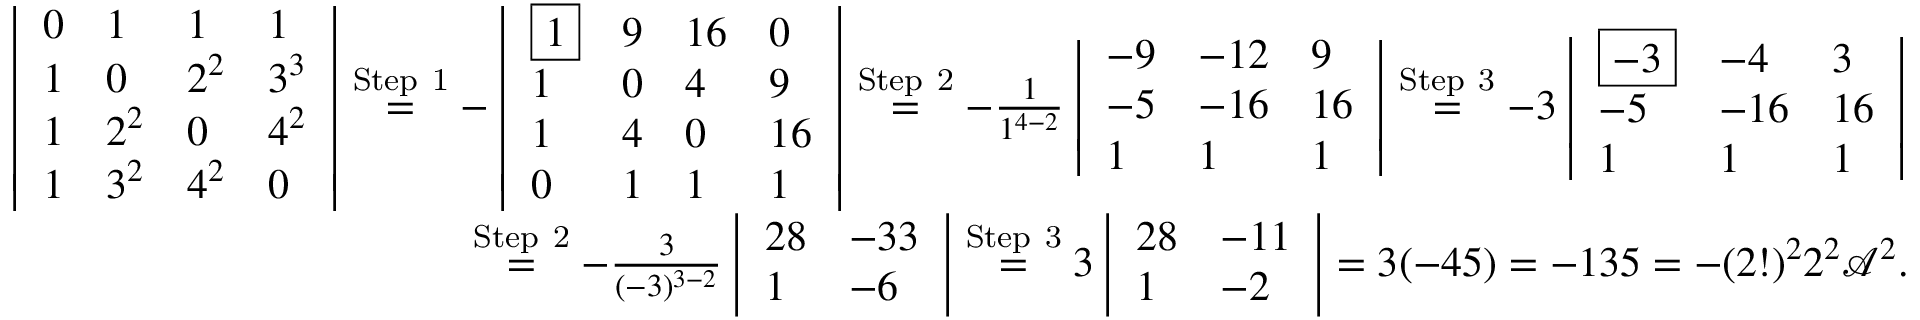
\begin{array} { r } { \left| \begin{array} { l l l l } { 0 } & { 1 } & { 1 } & { 1 } \\ { 1 } & { 0 } & { 2 ^ { 2 } } & { 3 ^ { 3 } } \\ { 1 } & { 2 ^ { 2 } } & { 0 } & { 4 ^ { 2 } } \\ { 1 } & { 3 ^ { 2 } } & { 4 ^ { 2 } } & { 0 } \end{array} \right| \overset { \mathrm { S t e p ~ 1 } } { = } - \left| \begin{array} { l l l l } { \boxed { 1 } } & { 9 } & { 1 6 } & { 0 } \\ { 1 } & { 0 } & { 4 } & { 9 } \\ { 1 } & { 4 } & { 0 } & { 1 6 } \\ { 0 } & { 1 } & { 1 } & { 1 } \end{array} \right| \overset { \mathrm { S t e p ~ 2 } } { = } - \frac { 1 } { 1 ^ { 4 - 2 } } \left| \begin{array} { l l l } { - 9 } & { - 1 2 } & { 9 } \\ { - 5 } & { - 1 6 } & { 1 6 } \\ { 1 } & { 1 } & { 1 } \end{array} \right| \overset { \mathrm { S t e p ~ 3 } } { = } - 3 \left| \begin{array} { l l l } { \boxed { - 3 } } & { - 4 } & { 3 } \\ { - 5 } & { - 1 6 } & { 1 6 } \\ { 1 } & { 1 } & { 1 } \end{array} \right| } \\ { \overset { \mathrm { S t e p ~ 2 } } { = } - \frac { 3 } { ( - 3 ) ^ { 3 - 2 } } \left| \begin{array} { l l } { 2 8 } & { - 3 3 } \\ { 1 } & { - 6 } \end{array} \right| \overset { \mathrm { S t e p ~ 3 } } { = } 3 \left| \begin{array} { l l } { 2 8 } & { - 1 1 } \\ { 1 } & { - 2 } \end{array} \right| = 3 ( - 4 5 ) = - 1 3 5 = - ( 2 ! ) ^ { 2 } 2 ^ { 2 } { \mathcal A } ^ { 2 } . } \end{array}